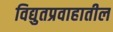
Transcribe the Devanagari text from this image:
विद्युतप्रवाहातील